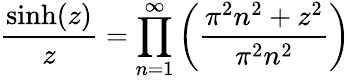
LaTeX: {\frac{\sinh(z)}{z}}=\prod_{n=1}^{\infty}\left({\frac{\pi^{2}n^{2}+z^{2}}{\pi^{2}n^{2}}}\right)